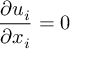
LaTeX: { \frac { \partial u _ { i } } { \partial x _ { i } } } = 0